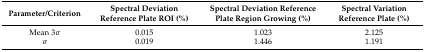
| Parameter/Criterion | Spectral Deviation Reference Plate ROI (%) | Spectral Deviation Reference Plate Region Growing (%) | Spectral Variation Reference Plate (%) |
 | --- | --- | --- | --- |
 | Mean 3σ | 0.015 | 1.023 | 2.125 |
 | σ | 0.019 | 1.446 | 1.191 |